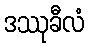
ဒဿုခီလံ